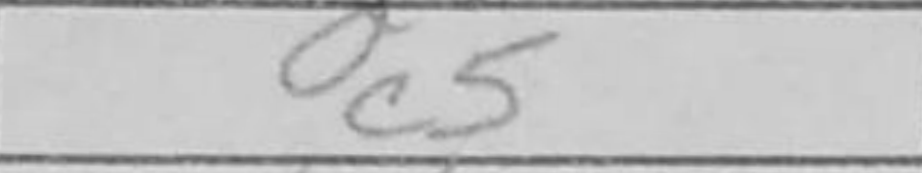
Transcription: c5